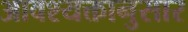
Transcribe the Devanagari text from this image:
आवश्यक्तानुसार